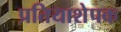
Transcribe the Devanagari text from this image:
प्रतियाशेपक